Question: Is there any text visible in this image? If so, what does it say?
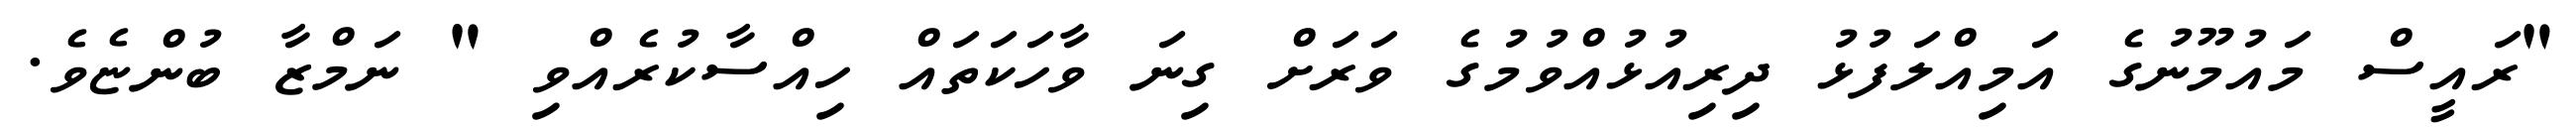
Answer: "ރައީސް މައުމޫނުގެ އަމިއްލަފުޅު ދިރިއުޅުއްވުމުގެ ވަރަށް ގިނަ ވާހަކަތައް ހިއްސާކުރެއްވި " ނަމްޒާ ބުންޏެވެ.